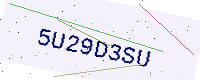
Text: 5U29D3SU